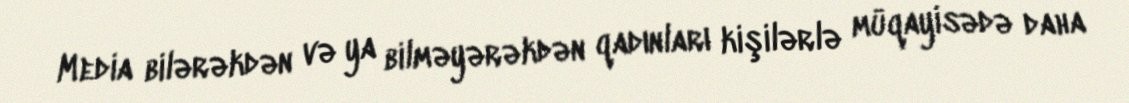
Media bilərəkdən və ya bilməyərəkdən qadınları kişilərlə müqayisədə daha